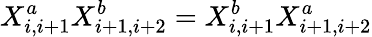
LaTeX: X_{i,i+1}^{a}X_{i+1,i+2}^{b}=X_{i,i+1}^{b}X_{i+1,i+2}^{a}